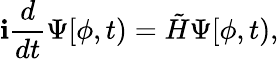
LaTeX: \mathbf{i}\frac{{d}}{{dt}}\Psi[\phi,t)=\tilde{{H}}\Psi[\phi,t),